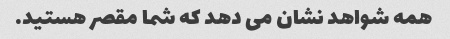
همه شواهد نشان می دهد که شما مقصر هستید.